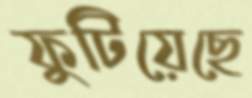
ফুটিয়েছে